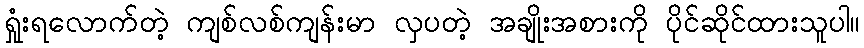
ရှုံးရလောက်တဲ့ ကျစ်လစ်ကျန်းမာ လှပတဲ့ အချိုးအစားကို ပိုင်ဆိုင်ထားသူပါ။